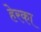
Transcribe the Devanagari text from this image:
हेरका